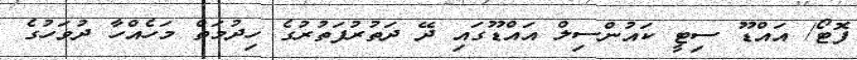
ފޮޓޯ/ އައްޑޫ ސިޓީ ކައުންސިލް އައްޑޫގައި ދޭ ދަތުރުފަތުރުގެ ހިދުމަތް މަހެއްހާ ދުވަހުގެ